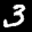
Label: 3